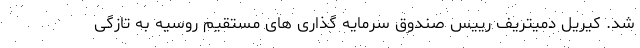
شد. کیریل دمیتریف رییس صندوق سرمایه گذاری های مستقیم روسیه به تازگی